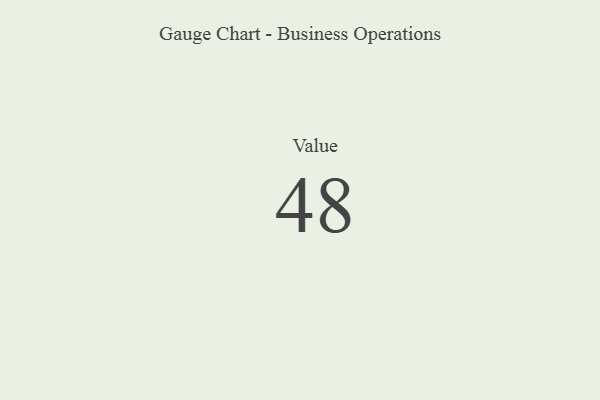
{"axis": {"x": "Metric", "y": "Value"}, "legend": [""], "data": [{"x": "Value", "y": 48, "type": ""}]}